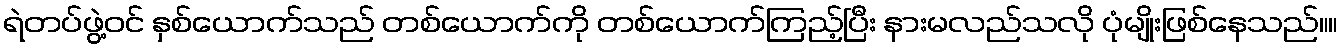
ရဲတပ်ဖွဲ့ဝင် နှစ်ယောက်သည် တစ်ယောက်ကို တစ်ယောက်ကြည့်ပြီး နားမလည်သလို ပုံမျိုးဖြစ်နေသည်။။